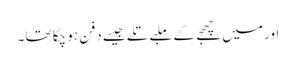
اور میں چھجے کے ملبے تلے جیسے دفن ہو چکا تھا۔